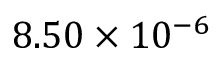
8 . 5 0 \times 1 0 ^ { - 6 }